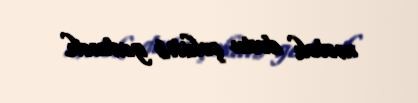
mələk dostu çəkilib gedəcək.